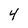
Character: 4